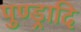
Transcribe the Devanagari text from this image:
पुण्ड्रादि